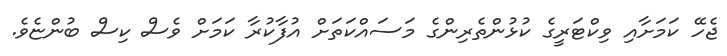
ޖެހޭ ކަމަށާއި ވިކްޓަރީގެ ކުޅުންތެރިންގެ މަސައްކަތަށް އުފާކުރާ ކަމަށް ވެސް ކިސް ބުންޏެވެ.